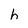
Character: h